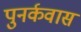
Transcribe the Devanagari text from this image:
पुनर्कवास